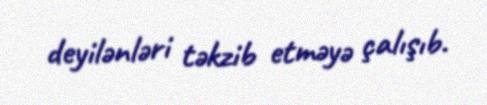
deyilənləri təkzib etməyə çalışıb.